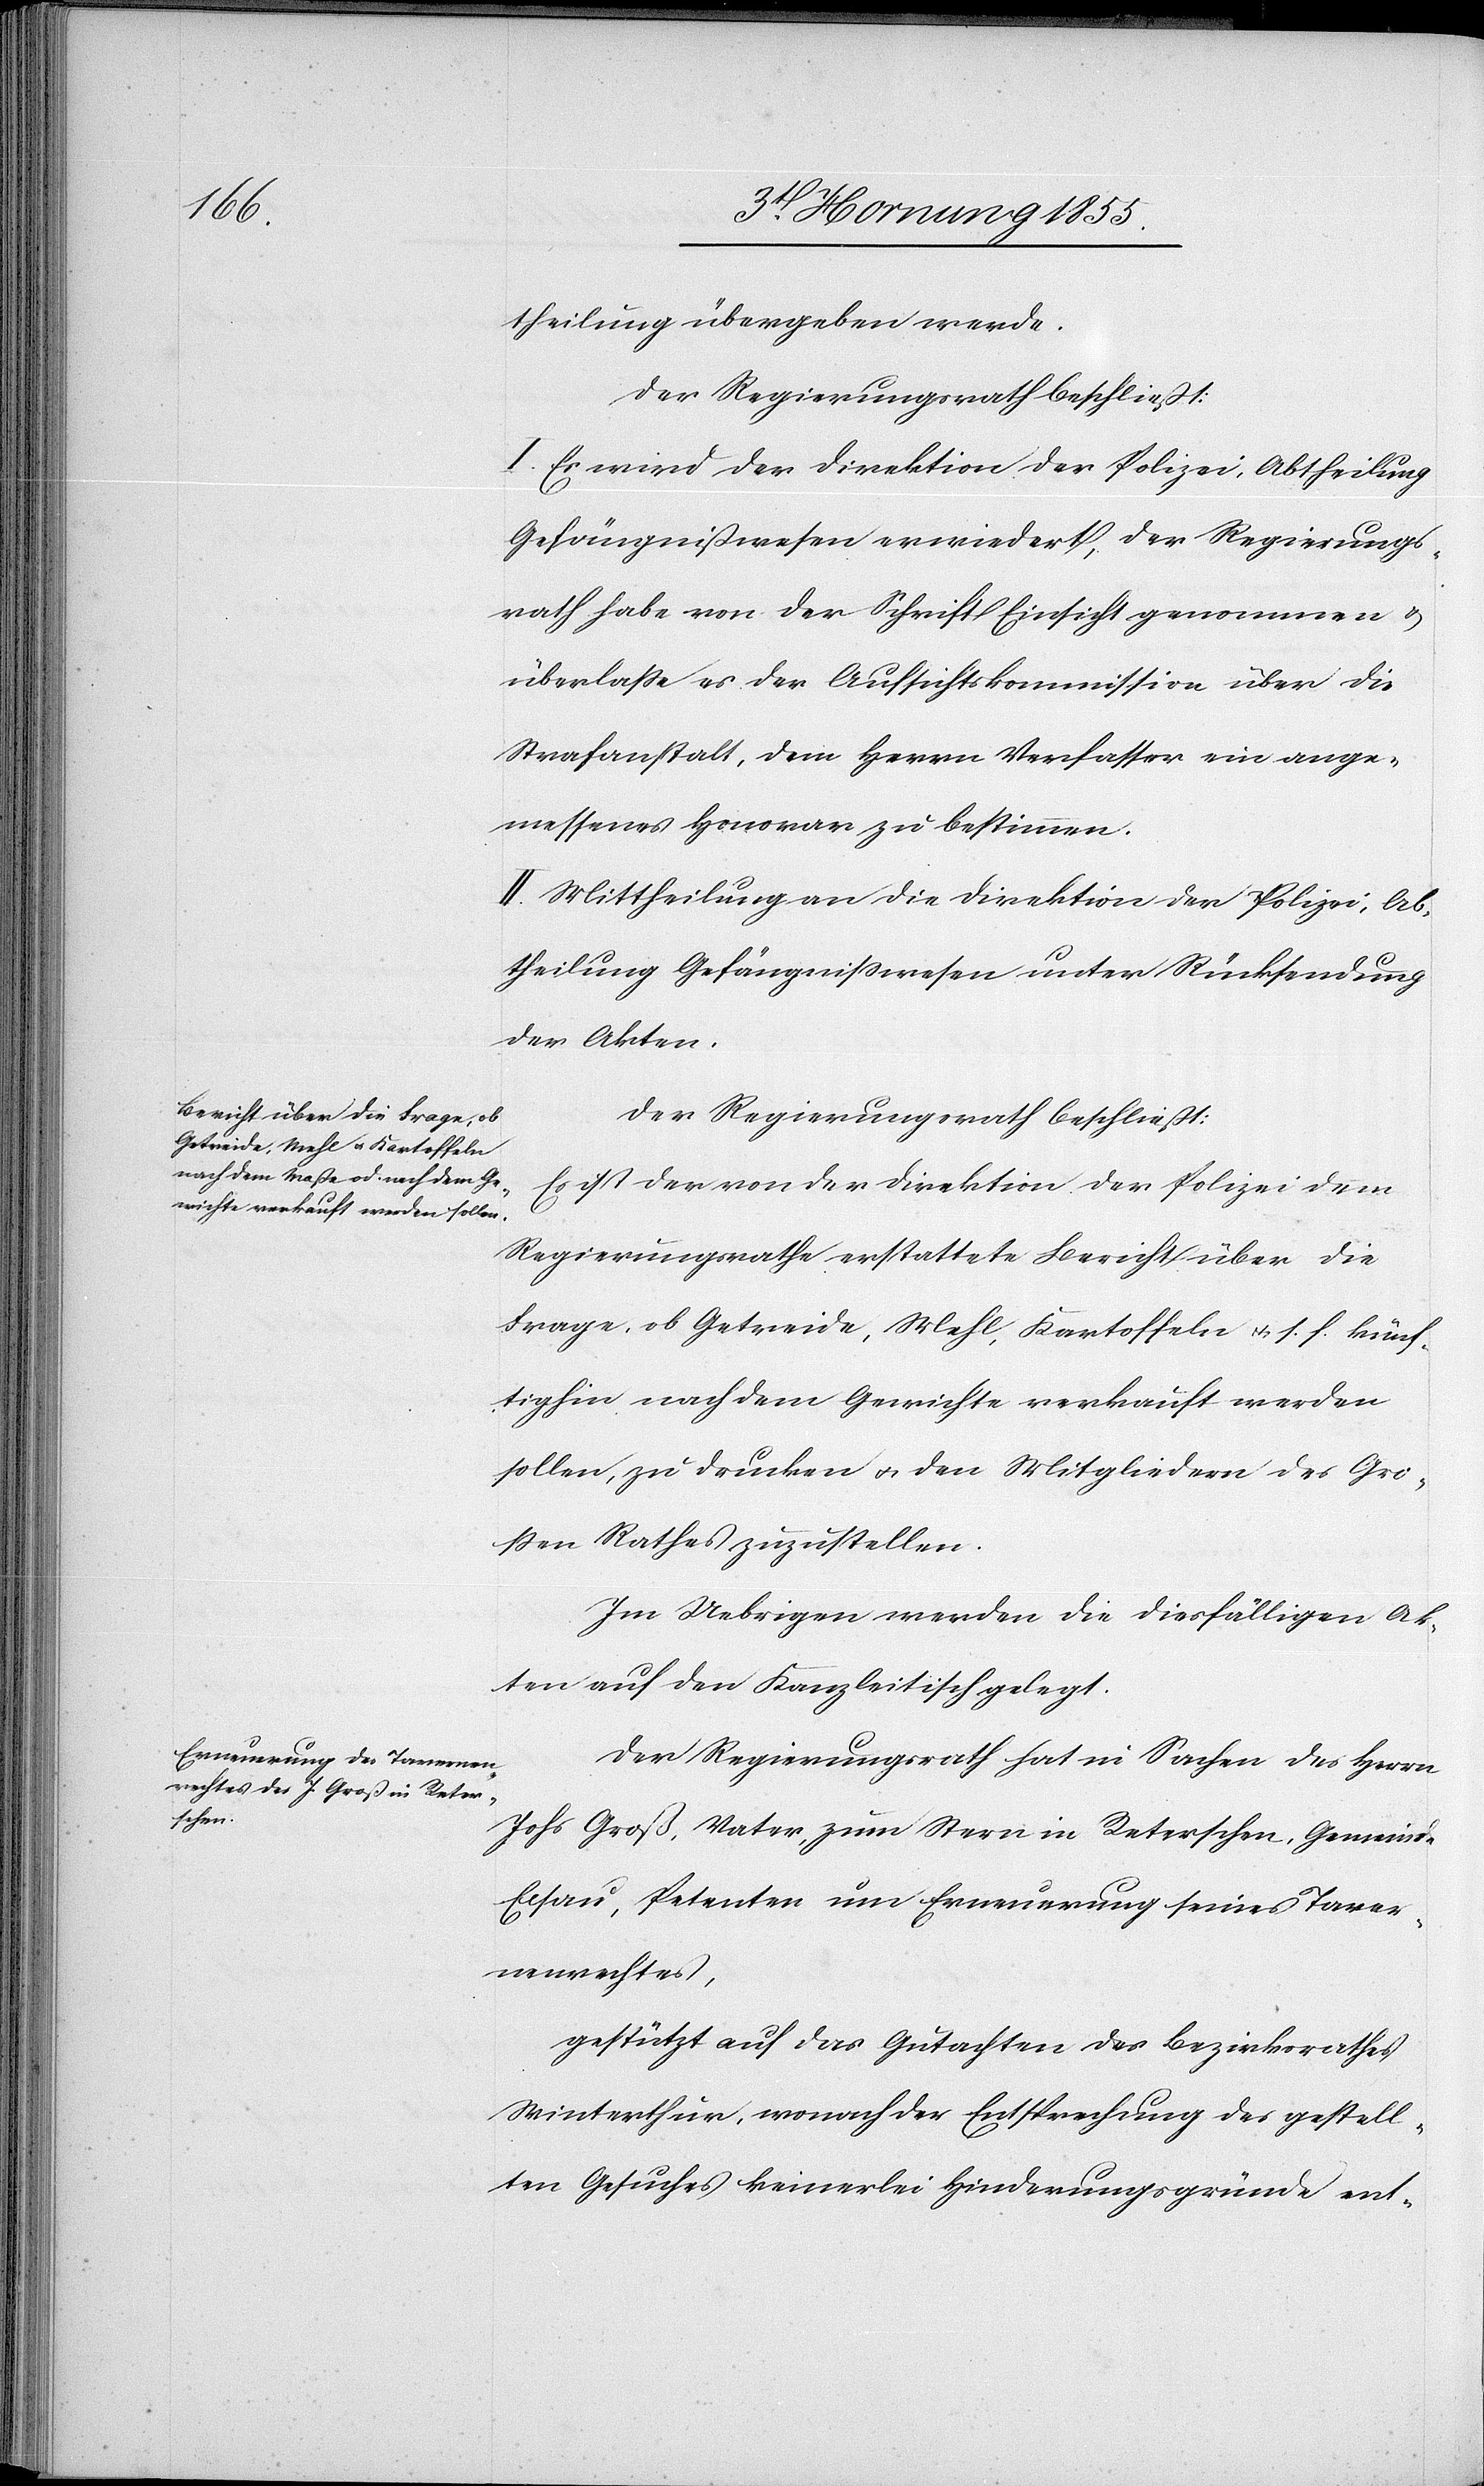
theilung übergeben werde.
Der Regierungsrath beschliesst:
I. Es wird der Direktion der Polizei, Abtheilung
Gefängnißwesen erwiedert, der Regierungs¬
rath habe von der Schrift Einsicht genommen &
überlasse es der Aufsichtskommission über die
Strafanstalt, dem Herrn Verfasser ein ange¬
messenes Honorar zu bestimmen.
II. Mittheilung an die Direktion der Polizei, Ab¬
theilung Gefängnißwesen unter Rücksendung
der Akten.
Der Regierungsrath beschließt:
Es ist der von der Direktion der Polizei dem
Regierungsrathe erstattete Bericht über die
Frage, ob Getreide, Mehl, Kartoffeln & s. f. künf¬
tighin nach dem Gewichte verkauft werden
sollen, zu drucken & den Mitgliedern des Gro¬
ßen Rathes zuzustellen.
Im Uebrigen werden die diesfälligen Ak¬
ten auf den Kanzleitisch gelegt.
Der Regierungsrath hat in Sachen des Herrn
Johs Groß, Vater, zum Stern in Reterschen, Gemeinde
Elsau, Petenten um Erneuerung seines Taver¬
nenrechtes,
gestützt auf das Gutachten des Bezirksrathes
Winterthur, wonach der Entsprechung des gestell¬
ten Gesuches keinerlei Hinderungsgründe ent-